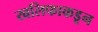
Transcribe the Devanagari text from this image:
खलिफाकडून